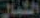
الكبار